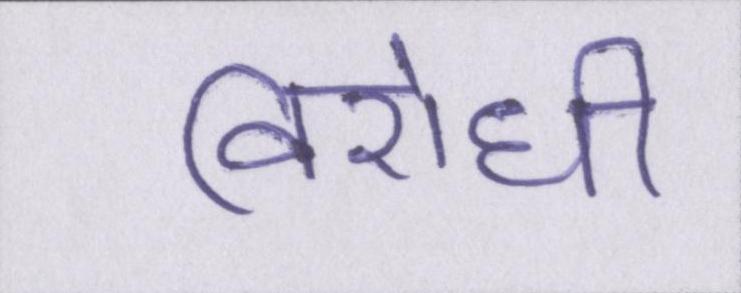
विरोधी